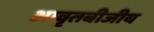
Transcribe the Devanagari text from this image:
आवृतबीजीय